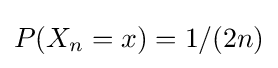
P(X_{n}=x)=1/(2n)